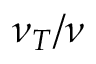
\nu _ { T } / \nu